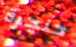
حنجرة